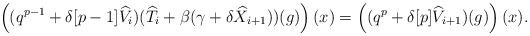
\begin{align*}\left((q^{p-1}+\delta[p-1]\widehat{V}_{i})(\widehat{T}_{i}+\beta(\gamma+\delta \widehat{X}_{i+1}))(g)\right)(x)=\left((q^{p}+\delta[p]\widehat{V}_{i+1})(g)\right)(x). \end{align*}